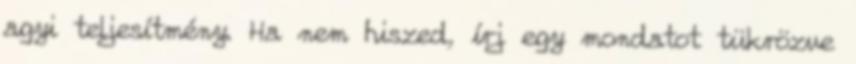
agyi teljesítmény. Ha nem hiszed, írj egy mondatot tükrözve